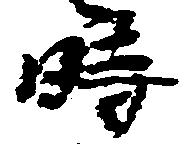
時